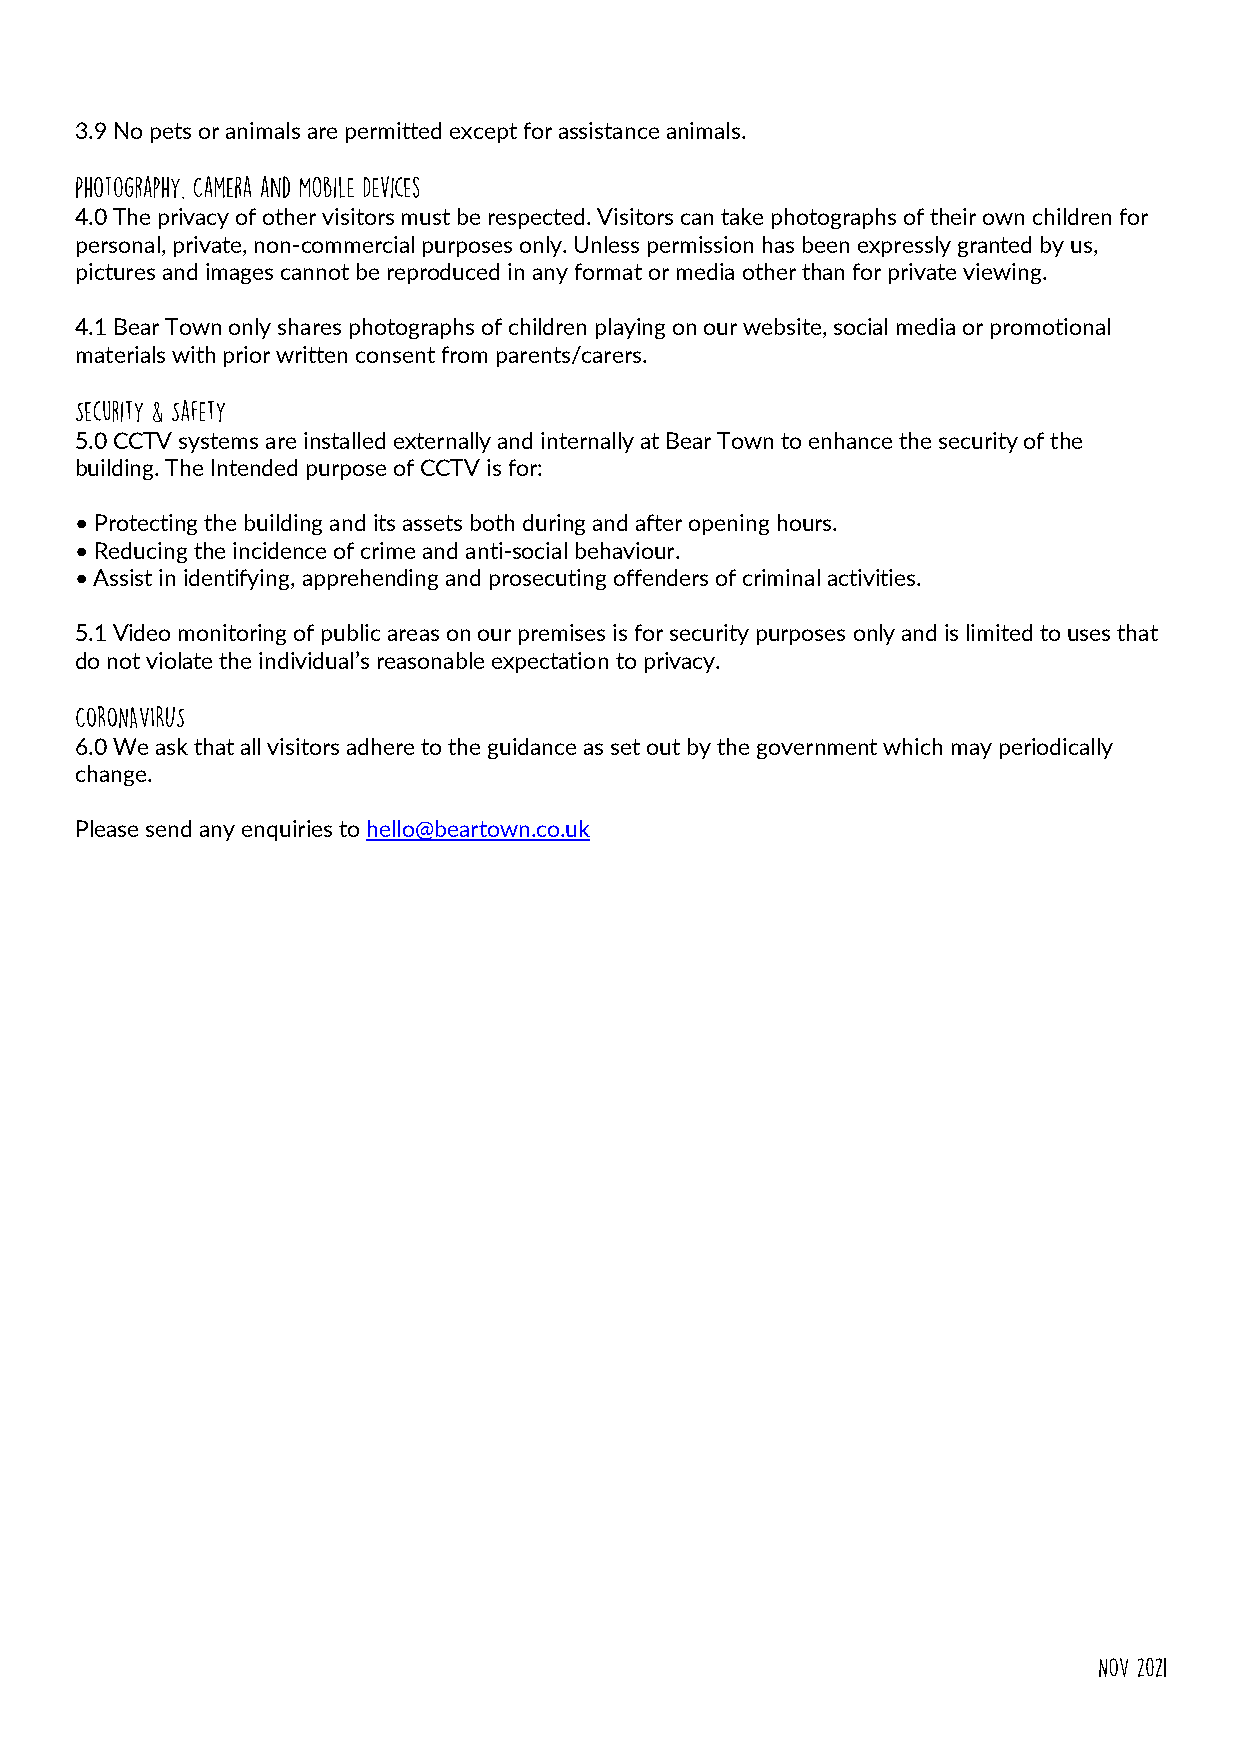
3.9 No pets or animals are permitted except for assistance animals.
 4.0 The privacy of other visitors must be respected. Visitors can take photographs of their own children for
 personal, private, non-commercial purposes only. Unless permission has been expressly granted by us,
 pictures and images cannot be reproduced in any format or media other than for private viewing.
 4.1 Bear Town only shares photographs of children playing on our website, social media or promotional
 materials with prior written consent from parents/carers.
 5.0 CCTV systems are installed externally and internally at Bear Town to enhance the security of the
 building. The Intended purpose of CCTV is for:
 • Protecting the building and its assets both during and after opening hours.
 • Reducing the incidence of crime and anti-social behaviour.
 • Assist in identifying, apprehending and prosecuting offenders of criminal activities.
 5.1 Video monitoring of public areas on our premises is for security purposes only and is limited to uses that
 do not violate the individual’s reasonable expectation to privacy.
 6.0 We ask that all visitors adhere to the guidance as set out by the government which may periodically
 change.
 P lease send any enquiries to hello@beartown.co.uk